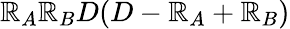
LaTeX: \mathbb{R}_{A}\mathbb{R}_{B}D(D-\mathbb{R}_{A}+\mathbb{R}_{B})